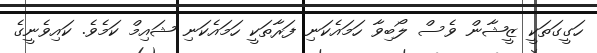
ހަގީގަތަކީ ޒީޝާން ވެސް ލޯބިވާ ހަމައެކަނި ފަރާތަކީ ހަމައެކަނި ޝައިމް ކަމެވެ. ކައިވެނީގެ